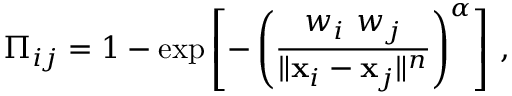
\Pi _ { i j } = 1 - \exp \left[ - \left( \frac { w _ { i } ~ w _ { j } } { \| \mathbf { x } _ { i } - \mathbf { x } _ { j } \| ^ { n } } \right) ^ { \alpha } \right] \, ,